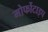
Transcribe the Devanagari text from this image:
मोर्फोटाइप